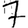
Digit: 7